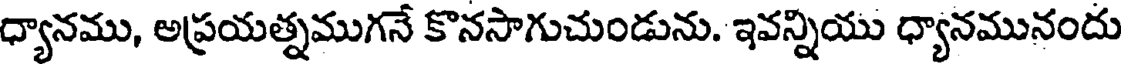
ధ్యానము, అప్రయత్నముగనే కొనసాగుచుండును. ఇవన్నియు ధ్యానమునందు